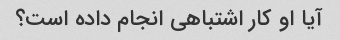
آیا او کار اشتباهی انجام داده است؟